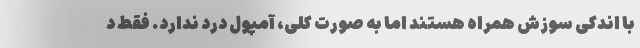
با اندکی سوزش همراه هستند اما به صورت کلی، آمپول درد ندارد. فقط د